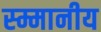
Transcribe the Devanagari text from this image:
स्म्मानीय